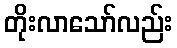
တိုးလာသော်လည်း